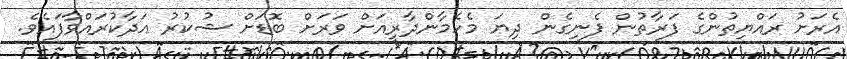
އެރަށު ރައްޔިތުންގެ ފަރާތުން ފެނިގެން ދިޔަ މެހެމާންދާރީއަށް ވަރަށް ބޮޑަށް ޝުކުރު އަދާކުރައްވާފައެވެ.